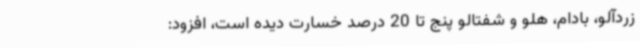
زردآلو، بادام، هلو و شفتالو پنج تا 20 درصد خسارت دیده است، افزود: